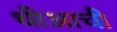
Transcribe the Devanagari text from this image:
थीआची